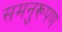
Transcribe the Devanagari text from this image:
समनुरूपण